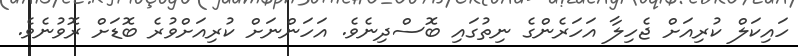
ހައިކަލް ކުރިއަށް ޖެހިލާ އަހަރެންގެ ނިތުގައި ބޮސްދިނެވެ. އަހަންނަށް ކުރިއަށްވުރެ ބޮޑަށް ރޮވުނެވެ.